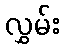
လွှမ်း